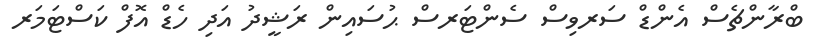
ބްރާންޗެސް އެންޑް ސަރވިސް ސެންޓަރސް ޙުސައިން ރަޝީދު އަދި ހެޑް އޮފް ކަސްޓަމަރ